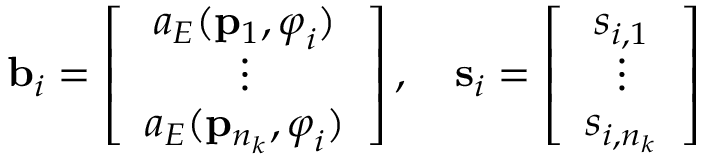
\mathbf { b } _ { i } = \left[ \begin{array} { c } { a _ { E } ( \mathbf { p } _ { 1 } , \boldsymbol { \varphi } _ { i } ) } \\ { \vdots } \\ { a _ { E } ( \mathbf { p } _ { n _ { k } } , \boldsymbol { \varphi } _ { i } ) } \end{array} \right] , \quad \mathbf { s } _ { i } = \left[ \begin{array} { c } { s _ { i , 1 } } \\ { \vdots } \\ { s _ { i , n _ { k } } } \end{array} \right]